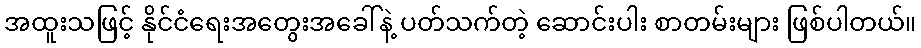
အထူးသဖြင့် နိုင်ငံရေးအတွေးအခေါ်နဲ့ ပတ်သက်တဲ့ ဆောင်းပါး စာတမ်းများ ဖြစ်ပါတယ်။